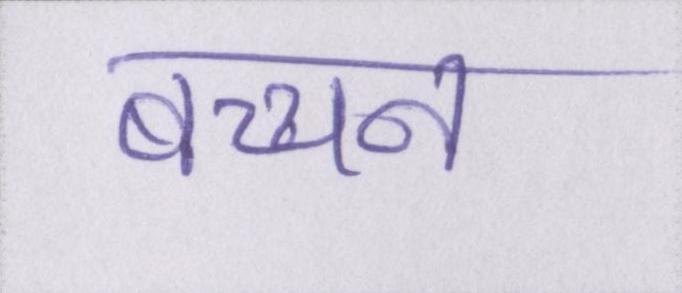
बच्चन